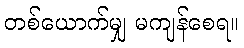
တစ်ယောက်မျှ မကျန်စေရ။